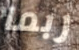
ربما